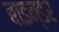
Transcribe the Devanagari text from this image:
बाइन्डर